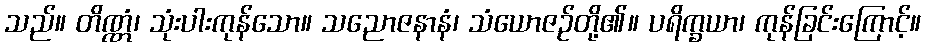
သည်။ တိဏ္ဏံ၊ သုံးပါးကုန်သော။ သညောဇနာနံ၊ သံယောဇဉ်တို့၏။ ပရိက္ခယာ၊ ကုန်ခြင်းကြောင့်။